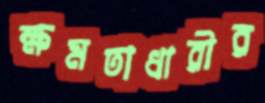
ক্ষমতাধারীর